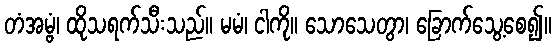
တံအမ္ဗံ၊ ထိုသရက်သီးသည်။ မမံ၊ ငါကို။ သောသေတွာ၊ ခြောက်သွေ့စေ၍။